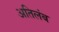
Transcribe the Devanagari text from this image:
अतिलंब